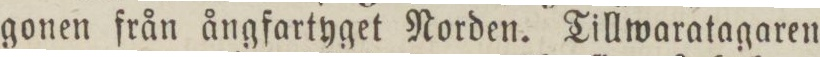
gonen från ångfartyget Norden. Tillwaratagaren